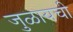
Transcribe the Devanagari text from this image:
जुळायची